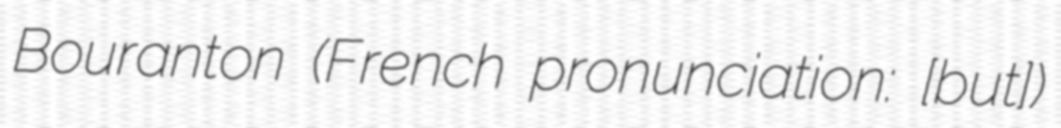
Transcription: Bouranton (French pronunciation: ​[buʁɑ̃tɔ̃])